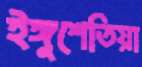
ইঙ্গুশেতিয়া